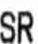
SR